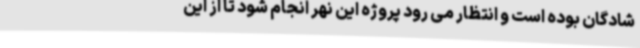
شادگان بوده است و انتظار می رود پروژه این نهر انجام شود تا از این